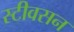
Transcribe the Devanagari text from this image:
स्टीवसन